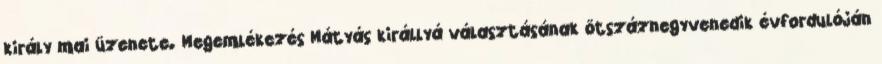
király mai üzenete. Megemlékezés Mátyás királlyá választásának ötszáznegyvenedik évfordulóján